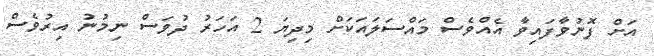
އަށް ފޮނުވާފައިވާ އެއްވެސް މައްސަލައަކަށް މިދިޔަ 2 އަަހަރު ދުވަސް ނިމުނު އިރުވެސް